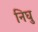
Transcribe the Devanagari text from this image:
निघु